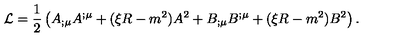
{ \cal L } = \frac { 1 } { 2 } \left( { A } _ { ; \mu } { A } ^ { ; \mu } + ( \xi R - m ^ { 2 } ) { A } ^ { 2 } + { B } _ { ; \mu } { B } ^ { ; \mu } + ( \xi R - m ^ { 2 } ) { B } ^ { 2 } \right) .